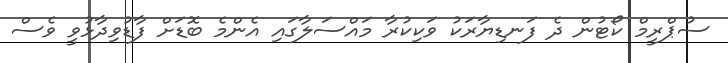
ސުޕްރީމް ކޯޓުން ދެ ފަނޑިޔާރަކު ވަކިކުރާ މައްސަލާގައި އެންމެ ބޮޑަށް ފާޑުވިދާޅުވީ ވެސް